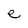
Character: e